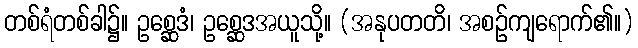
တစ်ရံတစ်ခါ၌။ ဥစ္ဆေဒံ၊ ဥစ္ဆေဒအယူသို့။ (အနုပတတိ၊ အစဉ်ကျရောက်၏။)